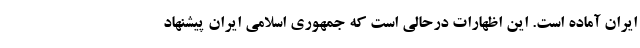
ایران آماده است. این اظهارات درحالی است که جمهوری اسلامی ایران پیشنهاد